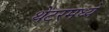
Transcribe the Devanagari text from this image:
थेटरमध्ये